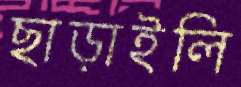
ছাড়াইলি